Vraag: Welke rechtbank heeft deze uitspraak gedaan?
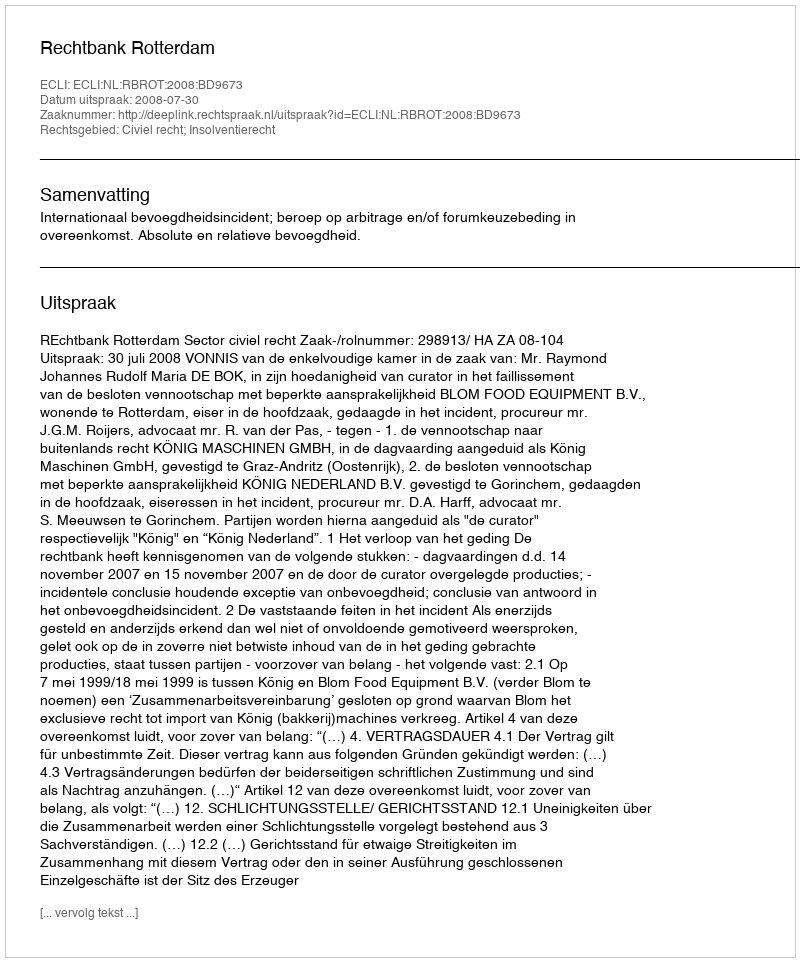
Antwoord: Rechtbank Rotterdam